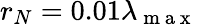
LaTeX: r_{N}=0.01\lambda_{\mathrm{~m~a~x~}}